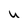
Character: u